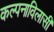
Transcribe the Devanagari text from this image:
कल्पनाविलासी